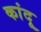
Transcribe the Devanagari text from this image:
कांदू